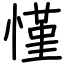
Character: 慬